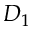
D _ { 1 }